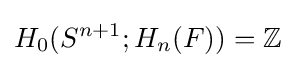
H_{0}(S^{n+1};H_{n}(F))=\mathbb {Z}